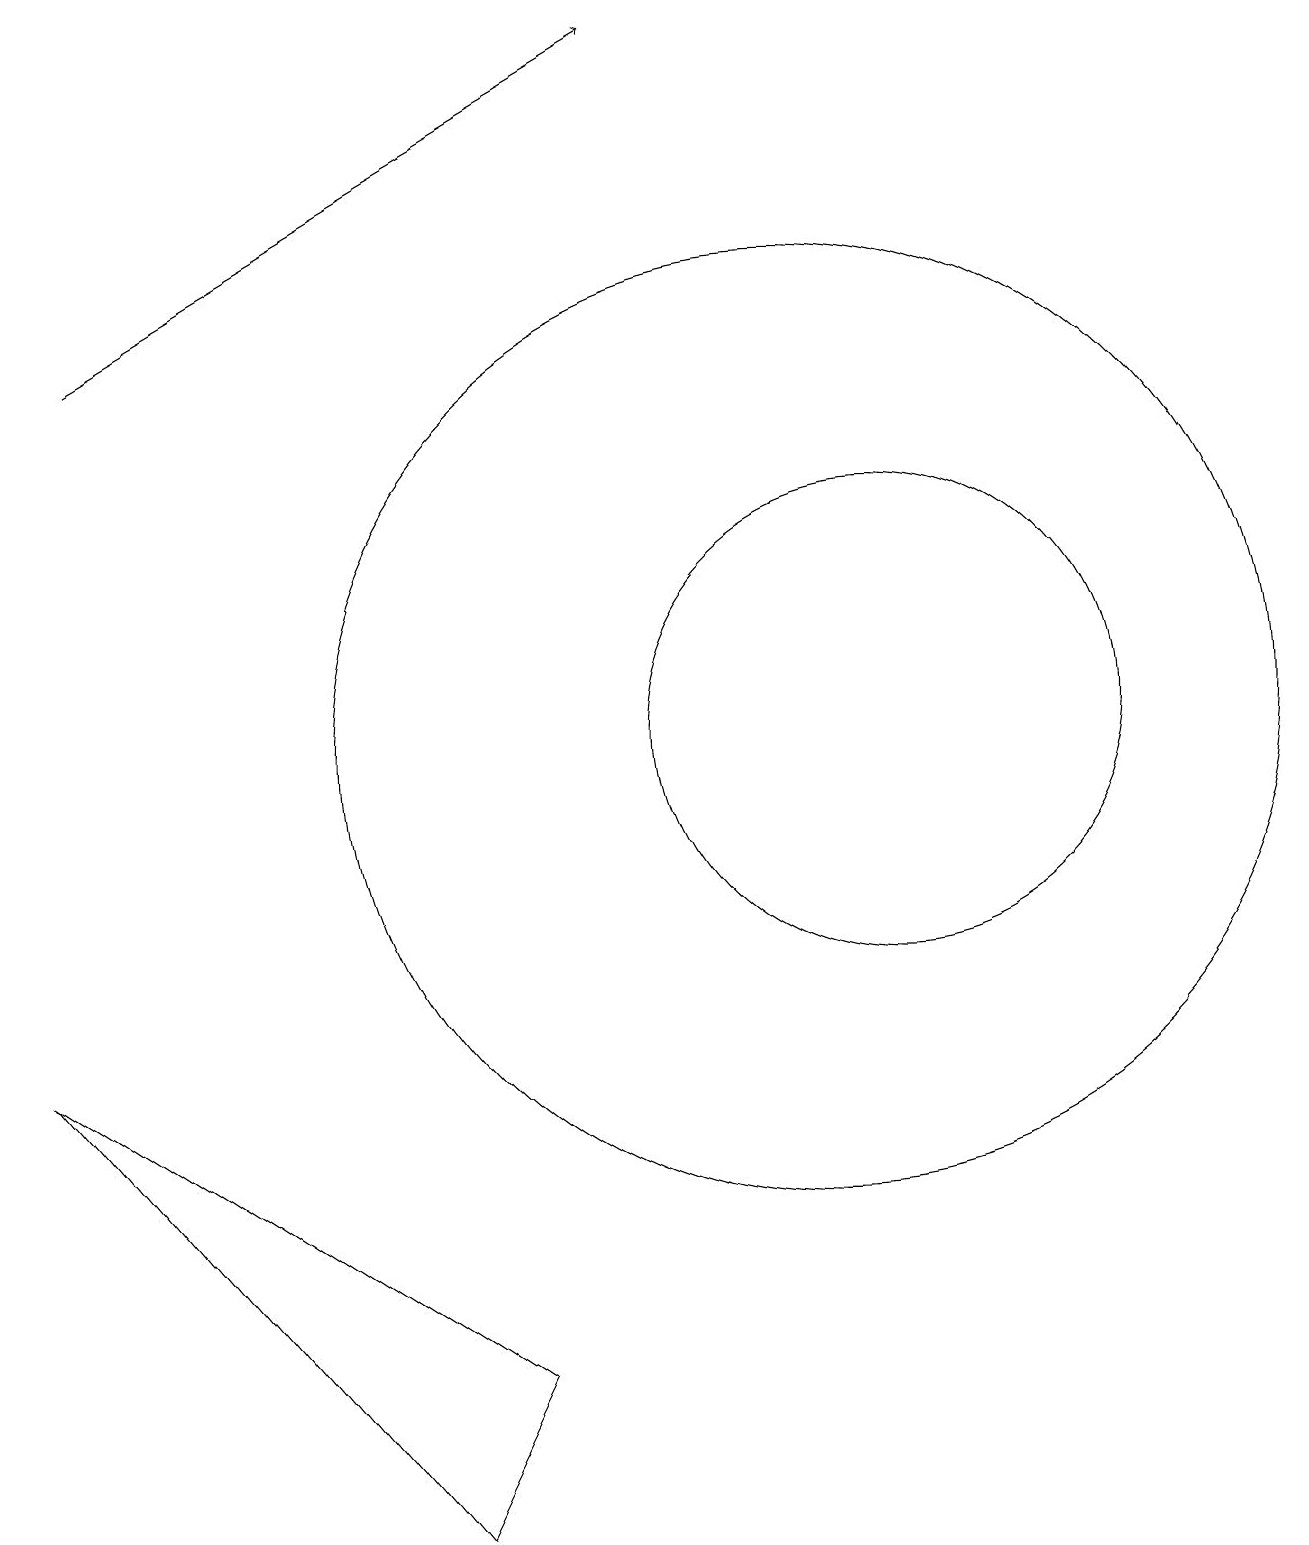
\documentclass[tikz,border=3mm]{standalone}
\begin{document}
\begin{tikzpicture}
\draw (11,10) circle (3);
\draw[->] (1,15) -- (8,19);
\draw (0,6) -- (5,0) -- (6,2) -- cycle;
\draw (10,10) circle (6);
\draw (12,10) circle (0);
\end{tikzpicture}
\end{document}